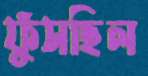
ফুঁসছিল